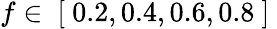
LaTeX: f\in\mathrm{~[~}0.2,0.4,0.6,0.8\mathrm{~]~}